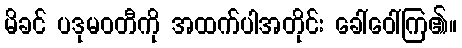
မိခင် ပဒုမဝတီကို အထက်ပါအတိုင်း ခေါ်ဝေါ်ကြ၏။